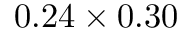
0 . 2 4 \times 0 . 3 0